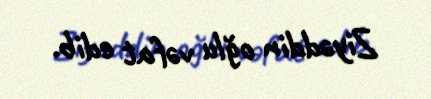
Ziyəddin oğlu vəfat edib.